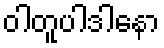
ဝါတူပါဒါနော